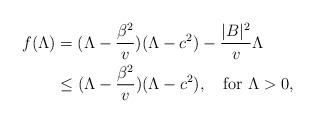
LaTeX: \begin{align*}\begin{aligned}f(\Lambda)&=(\Lambda-\frac{\beta^2}{v})(\Lambda-c^2)-\frac{|B|^2}{v}\Lambda\\&\le (\Lambda-\frac{\beta^2}{v})(\Lambda-c^2),\quad\mbox{for}~ \Lambda>0,\end{aligned}\end{align*}